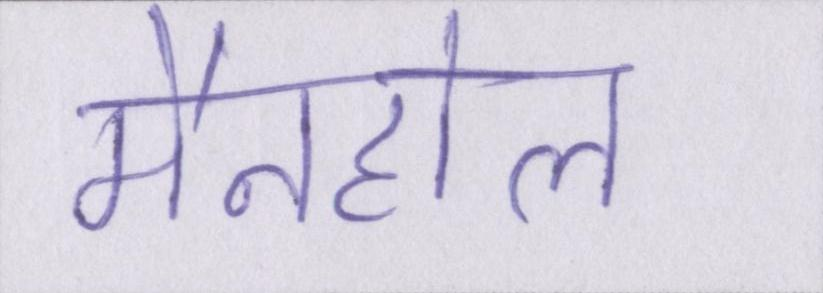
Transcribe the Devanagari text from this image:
मैनहोल